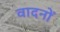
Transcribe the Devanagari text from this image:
वादनों